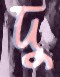
দু